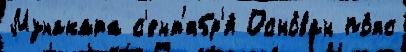
Мунаката с'ент'ябр'я́ Осно́ван по́яс